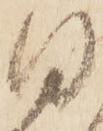
日